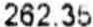
262.35